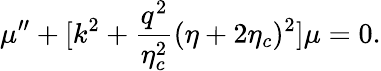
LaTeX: \mu^{\prime\prime}+[k^{2}+\frac{q^{2}}{\eta_{c}^{2}}(\eta+2\eta_{c})^{2}]\mu=0.